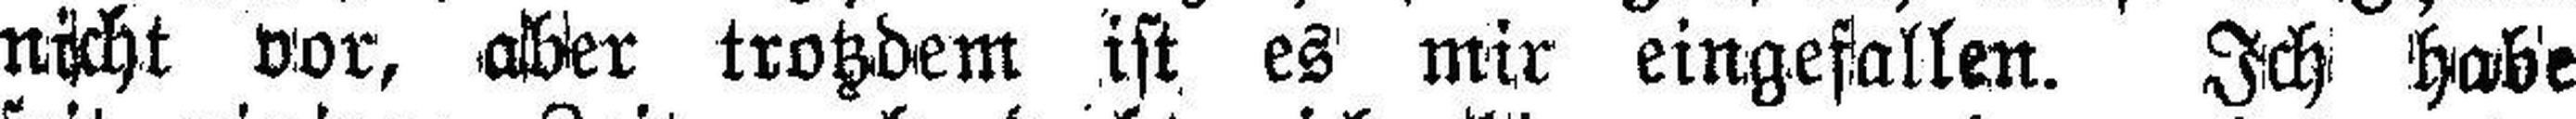
nicht vor, aber trotzdem ist es mir eingefallen. Ich habe